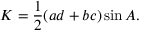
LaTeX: K = { \frac { 1 } { 2 } } ( a d + b c ) \sin { A } .